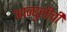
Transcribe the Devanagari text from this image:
आन्घुलीची